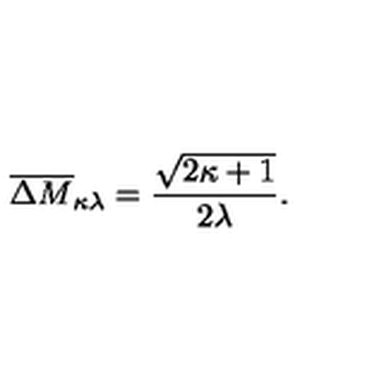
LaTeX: \overline { { \Delta M } } _ { \kappa \lambda } = \frac { \sqrt { 2 \kappa + 1 } } { 2 \lambda } .